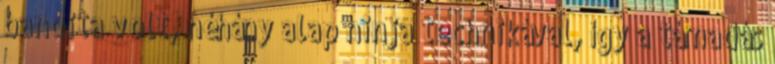
bandita volt, néhány alap ninja technikával, így a támadás